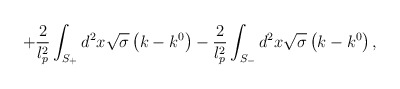
\begin{align*}+\frac{2}{l_{p}^{2}}\int_{S_{+}}^{{}}d^{2}x\sqrt{\sigma }\left(k-k^{0}\right) -\frac{2}{l_{p}^{2}}\int_{S_{-}}d^{2}x\sqrt{\sigma }\left(k-k^{0}\right) ,\end{align*}